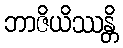
ဘာဇိယိဿန္တိ